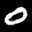
Label: 0